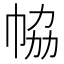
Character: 𢂐